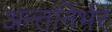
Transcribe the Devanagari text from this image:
अन्तनिर्भर